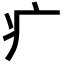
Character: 疒